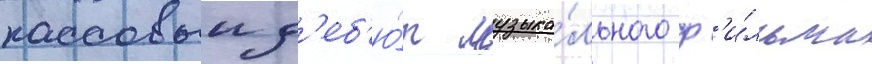
кассовыи д'еб'ю́т музыка́льного ф'и́льма